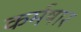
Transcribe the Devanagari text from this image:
कर्मषार